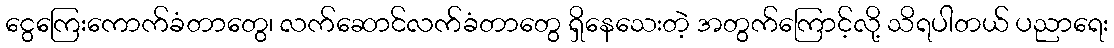
ငွေကြေးကောက်ခံတာတွေ၊ လက်ဆောင်လက်ခံတာတွေ ရှိနေသေးတဲ့ အတွက်ကြောင့်လို့ သိရပါတယ် ပညာရေး